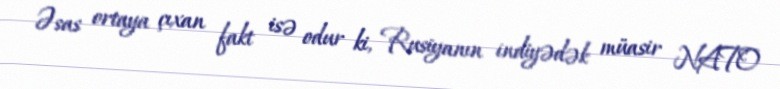
Əsas ortaya çıxan fakt isə odur ki, Rusiyanın indiyədək müasir NATO